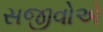
સજીવોએ